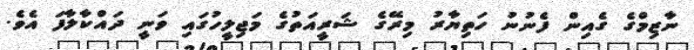
ނާޒިމްގެ ގެއިން ފެނުނު ހަތިޔާރު މިރޭގެ ޝަރީއަތުގެ މަޖިލީހުގައި ވަނީ ދައްކާލާފަ އެވެ.